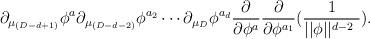
LaTeX: \begin{align*}\partial _{\mu _{(D-d+1)}}\phi ^a\partial _{\mu _{(D-d-2)}}\phi ^{a_2}\cdots\partial _{\mu _D}\phi ^{a_d}\frac \partial {\partial \phi ^a}\frac \partial{\partial \phi ^{a_1}}(\frac 1{||\phi ||^{d-2\ }}).\end{align*}